Report of the Indian Hemp Drugs Commission, 1894-1895 - Volume IV
Year: 1894
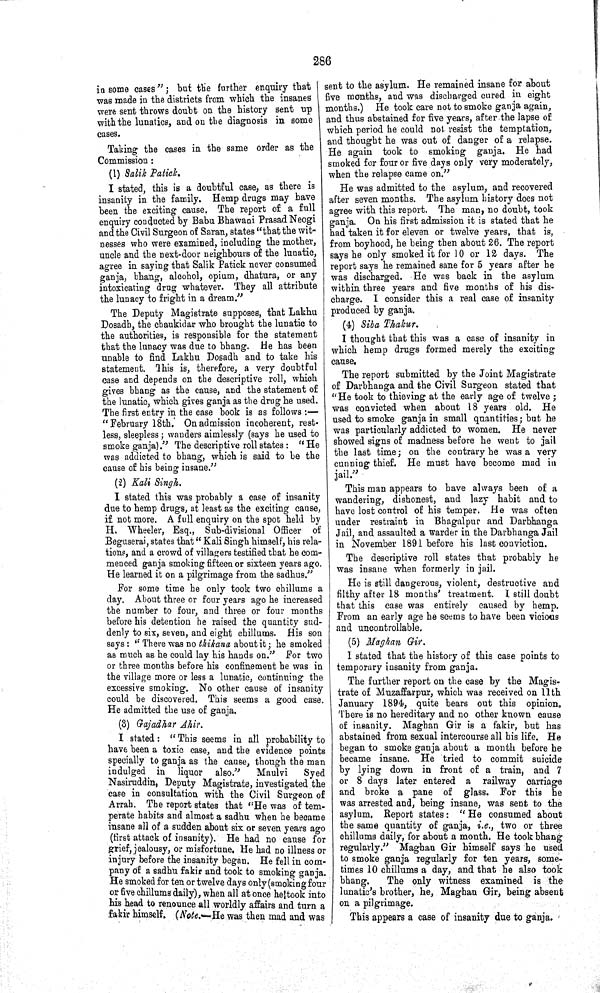
286
in some cases"; but the further enquiry that
was made in the districts from which the insanes
were sent throws doubt on the history sent up
with the lunatics, and on the diagnosis in some
cases.
Taking the cases in the same order as the
Commission:
(1) Salik Patick.
I stated, this is a doubtful case, as there is
insanity in the family. Hemp drugs may have
been the exciting cause. The report of a full
enquiry conducted by Babu Bhawani Prasad Neogi
and the Civil Surgeon of Saran, states "that the wit-
nesses who were examined, including the mother,
uncle and the next-door neighbours of the lunatic,
agree in saying that Salik Patick never consumed
ganja, bhang, alcohol, opium, dhatura, or any
intoxicating drug whatever. They all attribute
the lunacy to fright in a dream."
The Deputy Magistrate supposes, that Lakhu
Dosadh, the chaukidar who brought the lunatic to
the authorities, is responsible for the statement
that the lunacy was due to bhang. He has been
unable to find Lakhu Dosadh and to take his
statement. This is, therefore, a very doubtful
case and depends on the descriptive roll, which
gives bhang as the cause, and the statement of
the lunatic, which gives ganja as the drug he used.
The first entry in the case book is as follows:—
"February 18th. On admission incoherent, rest-
less, sleepless; wanders aimlessly (says he used to
smoke ganja)." The descriptive roll states: "He
was addicted to bhang, which is said to be the
cause of his being insane."
(2) Kali Singh.
I stated this was probably a case of insanity
due to hemp drugs, at least as the exciting cause,
if. not more. A full enquiry on the spot held by
H. Wheeler, Esq., Sub-divisional Officer of
Beguserai, states that "Kali Singh himself, his rela-
tions, and a crowd of villagers testified that he com-
menced ganja smoking fifteen or sixteen years ago.
He learned it on a pilgrimage from the sadhus."
For some time he only took two chillums a
day. About three or four years ago he increased
the number to four, and three or four months
before his detention he raised the quantity sud-
denly to six, seven, and eight chillums. His son
says: "There was no thikana about it; he smoked
as much as he could lay his hands on." For two
or three months before his confinement he was in
the village more or less a lunatic, continuing the
excessive smoking. No other cause of insanity
could be discovered. This seems a good case.
He admitted the use of ganja.
(3) Gajadhar Ahir.
I stated: "This seems in all probability to
have been a toxic case, and the evidence points
specially to ganja as the cause, though the man
indulged in liquor also."
Maulvi
Syed
Nasiruddin, Deputy Magistrate, investigated the
case in consultation with the Civil Surgeon of
Arrah. The report states that "He was of tem-
perate habits and almost a sadhu when he became
insane all of a sudden about six or seven years ago
(first attack of insanity). He had no cause for
grief, jealousy, or misfortune. He had no illness or
injury before the insanity began. He fell in com-
pany of a sadhu fakir and took to smoking ganja.
He smoked for ten or twelve days only (smoking four
or five chillums daily), when all at once he took into
his head to renounce all worldly affairs and turn a
fakir himself. (Note.—He was then mad and was
sent to the asylum. He remained insane for about
five months, and was discharged cured in eight
months.) He took care not to smoke ganja again,
and thus abstained for five years, after the lapse of
which period he could not resist the temptation,
and thought he was out of danger of a relapse.
He again took to smoking ganja. He had
smoked for four or five days only very moderately,
when the relapse came on."
He was admitted to the asylum, and recovered
after seven months. The asylum history does not
agree with this report. The man, no doubt, took
ganja. On his first admission it is stated that he
had taken it for eleven or twelve years, that is,
from boyhood, he being then about 26. The report
says he only smoked it for 10 or 12 days. The
report says he remained sane for 5 years after he
was discharged. He was back in the asylum
within three years and five months of his dis-
charge. I consider this a real case of insanity
produced by ganja.
(4) Siba Thakur.
I thought that this was a case of insanity in
which hemp drugs formed merely the exciting
cause.
The report submitted by the Joint Magistrate
of Darbhanga and the Civil Surgeon stated that
"He took to thieving at the early age of twelve;
was convicted when about 18 years old. He
used to smoke ganja in small quantities; but he
was particularly addicted to women. He never
showed signs of madness before he went to jail
the last time; on the contrary he was a very
cunning thief. He must have become mad in
jail."
This man appears to have always been of a
wandering, dishonest, and lazy habit and to
have lost control of his temper. He was often
under restraint in Bhagalpur and Darbhanga
Jail, and assaulted a warder in the Darbhanga Jail
in November 1891 before his last conviction.
The descriptive roll states that probably he
was insane when formerly in jail.
He is still dangerous, violent, destructive and
filthy after 18 months' treatment. I still doubt
that this case was entirely caused by hemp.
From an early age he seems to have been vicious
and uncontrollable.
(5) Maghan Gir.
I stated that the history of this case points to
temporary insanity from ganja.
The further report on the case by the Magis-
trate of Muzaffarpur, which was received on 11th
January 1894, quite bears out this opinion.
There is no hereditary and no other known cause
of insanity. Maghan Gir is a fakir, but has
abstained from sexual intercourse all his life. He
began to smoke ganja about a month before he
became insane. He tried to commit suicide
by lying down in front of a train, and 7
or 8 days later entered a railway carriage
and broke a pane of glass. For this he
was arrested and, being insane, was sent to the
asylum. Report states: "He consumed about
the same quantity of ganja, i.e., two or three
chillums daily, for about a month. He took bhang
regularly." Maghan Gir himself says he used
to smoke ganja regularly for ten years, some-
times 10 chillums a day, and that he also took
bhang.
The only witness examined is the
lunatic's brother, he, Maghan Gir, being absent
on a pilgrimage.
This appears a case of insanity due to ganja.